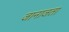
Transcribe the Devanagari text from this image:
जानाजता